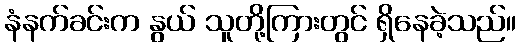
နံနက်ခင်းက နွယ် သူတို့ကြားတွင် ရှိနေခဲ့သည်။